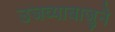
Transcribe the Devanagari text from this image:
उजव्याबाजुने